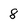
Character: 8